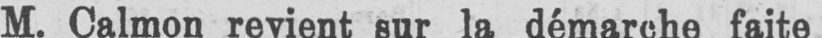
M. Calmon revient sur la démarche faite